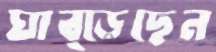
ঘাব্‌ড়েছেন